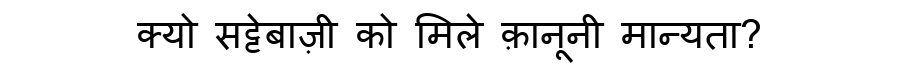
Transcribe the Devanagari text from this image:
क्यो सट्टेबाज़ी को मिले क़ानूनी मान्यता?